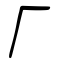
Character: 厂